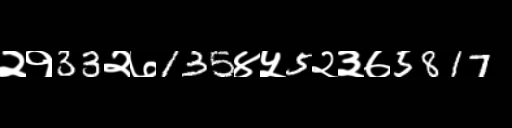
Text: २१33२७135४५5२३७5817